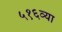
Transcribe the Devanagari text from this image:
५१६व्या